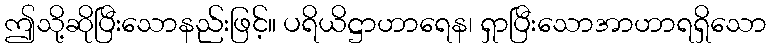
ဤသို့ဆိုပြီးသောနည်းဖြင့်။ ပရိယိဋ္ဌာဟာရေန၊ ရှာပြီးသောအာဟာရရှိသော